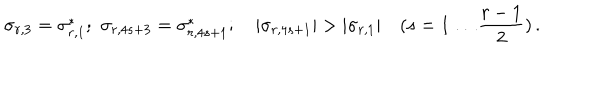
LaTeX: \sigma _ { r , 3 } = \sigma _ { r , 1 } ^ { * } ; \, \, \sigma _ { r , 4 s + 3 } = \sigma _ { r , 4 s + 1 } ^ { * } ; \quad | \sigma _ { r , 4 s + 1 } | > | \sigma _ { r , 1 } | \quad ( s = 1 \ldots \frac { r - 1 } { 2 } ) \, .